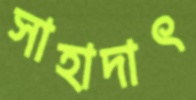
সাহাদাৎ